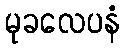
မုခလေပနံ